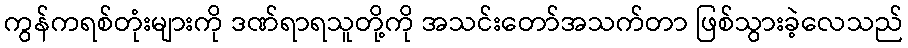
ကွန်ကရစ်တုံးများကို ဒဏ်ရာရသူတို့ကို အသင်းတော်အသက်တာ ဖြစ်သွားခဲ့လေသည်